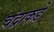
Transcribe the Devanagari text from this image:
चंद्राकडे